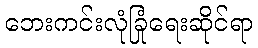
ဘေးကင်းလုံခြုံရေးဆိုင်ရာ